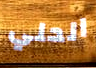
الحلي